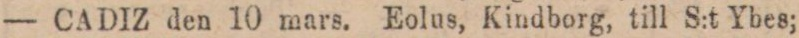
— CADIZ den 10 mars. Eolus, Kindborg, till S:t Ybes;